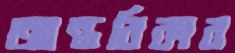
আন্তরিকার